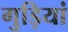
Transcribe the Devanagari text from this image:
गुड़ियां